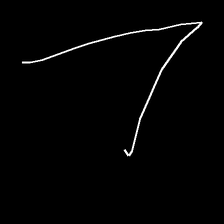
Glyph: region